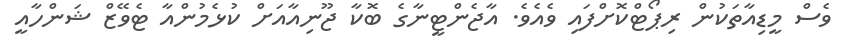
ވެސް މީޑިއާތަކުން ރިޕޯޓްކޮށްފައި ވެއެވެ. އާޖެންޓީނާގެ ބޮކާ ޖޫނިއާއަށް ކުޅެމުންއާ ޓެވޭޒް ޝަންހާއީ